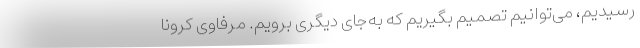
رسیدیم، می‌توانیم تصمیم بگیریم که به‌جای دیگری برویم. مرفاوی کرونا